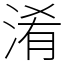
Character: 淆